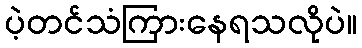
ပဲ့တင်သံကြားနေရသလိုပဲ။